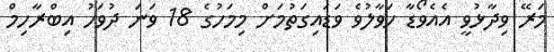
މަރޭ ވިދާޅުވީ އެއެވޯޑާ ހަވާލުވެ ވަޑައިގަތުމަށް މިމަހުގެ 18 ވަނަ ދުވަހު އިބްރާހިމް